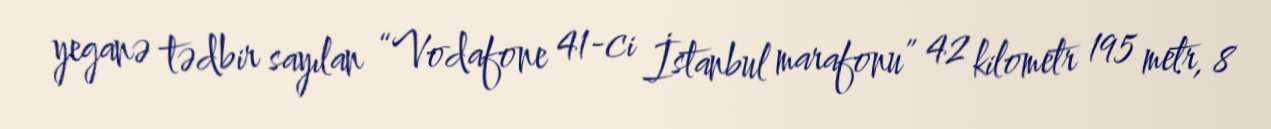
yeganə tədbir sayılan “Vodafone 41-ci İstanbul marafonu” 42 kilometr 195 metr, 8